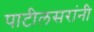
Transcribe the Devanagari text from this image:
पाटीलसरांनी